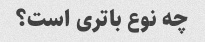
چه نوع باتری است؟